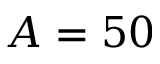
A = 5 0